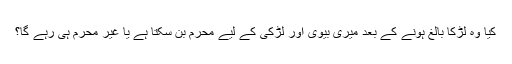
کیا وہ لڑکا بالغ ہونے کے بعد میری بیوی اور لڑکی کے لیے محرم بن سکتا ہے یا غیر محرم ہی رہے گا؟